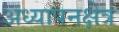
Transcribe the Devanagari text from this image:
अध्यापनक्षेत्र